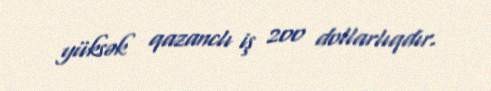
yüksək qazanclı iş 200 dollarlıqdır.